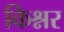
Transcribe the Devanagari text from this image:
किश्नर